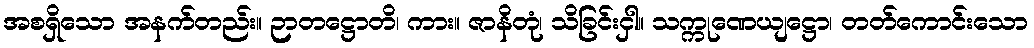
အစရှိသော အနက်တည်း။ ဉာတဋ္ဌောတိ၊ ကား။ ဇာနိတုံ၊ သိခြင်းငှါ။ သက္ကုဏေယျဋ္ဌော၊ တတ်ကောင်းသော